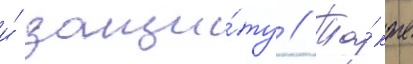
и́ защи́ту // Та́кже